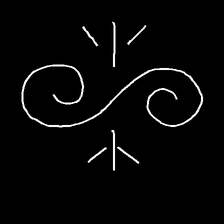
Glyph: wind-directs-air